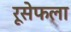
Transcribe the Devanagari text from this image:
रूसेफला